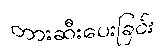
တားဆီးပေးခြင်း